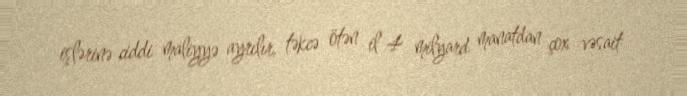
işlərinə ciddi maliyyə ayrılır, təkcə ötən il 4 milyard manatdan çox vəsait